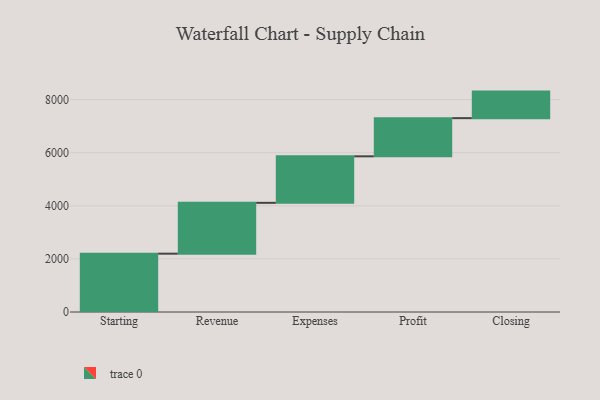
{"axis": {"x": "Step", "y": "Value"}, "legend": [""], "data": [{"x": "Starting", "y": 2197.0, "type": ""}, {"x": "Revenue", "y": 1915.0, "type": ""}, {"x": "Expenses", "y": 1752.0, "type": ""}, {"x": "Profit", "y": 1438.0, "type": ""}, {"x": "Closing", "y": 1000, "type": ""}]}